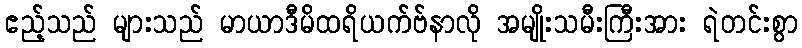
ဧည့်သည် များသည် မာယာဒီမိထရိယက်ဗ်နာလို အမျိုးသမီးကြီးအား ရဲတင်းစွာ